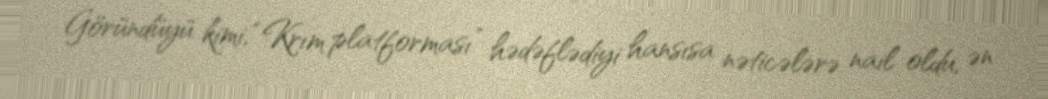
Göründüyü kimi, “Krım platforması” hədəflədiyi hansısa nəticələrə nail oldu, ən